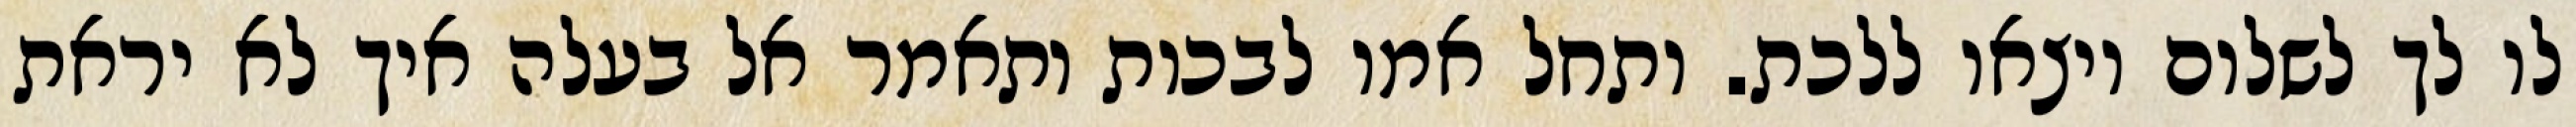
לו לך לשלום ויצאו ללכת. ותחל אמו לבכות ותאמר אל בעלה איך לא יראת